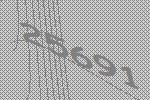
25691